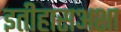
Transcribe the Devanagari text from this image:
इतीहासअशा